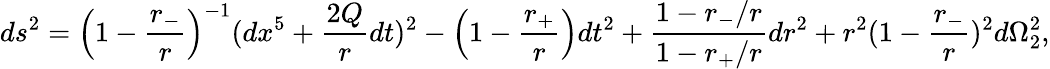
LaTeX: ds^{2}=\left(1-{\frac{r_{-}}{r}}\right)^{-1}(dx^{5}+{\frac{2Q}{r}}dt)^{2}-\left(1-{\frac{r_{+}}{r}}\right)dt^{2}+{\frac{1-r_{-}/r}{1-r_{+}/r}}dr^{2}+r^{2}(1-{\frac{r_{-}}{r}})^{2}d\Omega_{2}^{2},